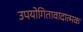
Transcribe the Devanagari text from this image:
उपयोगितावादात्मक